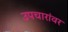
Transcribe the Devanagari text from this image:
उपचारांवर